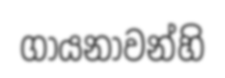
ගායනාවන්හි